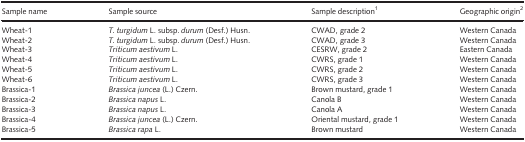
| Sample name | Sample source | Sample description1 | Geographic origin2 |
 | --- | --- | --- | --- |
 | Wheat-1 | T. turgidum L. subsp. durum (Desf.) Husn. | CWAD, grade 2 | Western Canada |
 | Wheat-2 | T. turgidum L. subsp. durum (Desf.) Husn. | CWAD, grade 3 | Western Canada |
 | Wheat-3 | Triticum aestivum L. | CESRW, grade 2 | Eastern Canada |
 | Wheat-4 | Triticum aestivum L. | CWRS, grade 1 | Western Canada |
 | Wheat-5 | Triticum aestivum L. | CWRS, grade 2 | Western Canada |
 | Wheat-6 | Triticum aestivum L. | CWRS, grade 3 | Western Canada |
 | Brassica-1 | Brassica juncea (L.) Czern. | Brown mustard, grade 1 | Western Canada |
 | Brassica-2 | Brassica napus L. | Canola B | Western Canada |
 | Brassica-3 | Brassica napus L. | Canola A | Western Canada |
 | Brassica-4 | Brassica juncea (L.) Czern. | Oriental mustard, grade 1 | Western Canada |
 | Brassica-5 | Brassica rapa L. | Brown mustard | Western Canada |